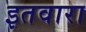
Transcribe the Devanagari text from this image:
इतवारा